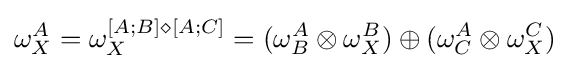
\omega _{X}^{A}=\omega _{X}^{[A;B]\diamond [A;C]}=(\omega _{B}^{A}\otimes \omega _{X}^{B})\oplus (\omega _{C}^{A}\otimes \omega _{X}^{C})\,\!